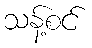
သန့်စင်